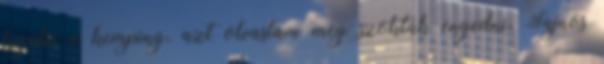
legális a kemping, azt olvastam meg szokták engedni. Sajnos